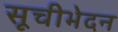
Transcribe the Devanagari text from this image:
सूचीभेदन